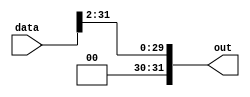
module two_bit_right_shift(data, out);
input [31:0] data;
output [31:0] out;
assign out[0] = data[2];
assign out[1] = data[3];
assign out[2] = data[4];
assign out[3] = data[5];
assign out[4] = data[6];
assign out[5] = data[7];
assign out[6] = data[8];
assign out[7] = data[9];
assign out[8] = data[10];
assign out[9] = data[11];
assign out[10] = data[12];
assign out[11] = data[13];
assign out[12] = data[14];
assign out[13] = data[15];
assign out[14] = data[16];
assign out[15] = data[17];
assign out[16] = data[18];
assign out[17] = data[19];
assign out[18] = data[20];
assign out[19] = data[21];
assign out[20] = data[22];
assign out[21] = data[23];
assign out[22] = data[24];
assign out[23] = data[25];
assign out[24] = data[26];
assign out[25] = data[27];
assign out[26] = data[28];
assign out[27] = data[29];
assign out[28] = data[30];
assign out[29] = data[31];
assign out[30] = 1'b0;
assign out[31] = 1'b0;
endmodule